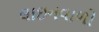
લાઇનવાળો